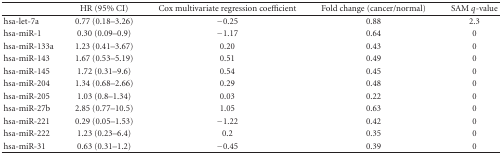
<table><thead><tr><td><b> </b></td><td><b> HR (95% CI) </b></td><td><b> Cox multivariate regression coefficient </b></td><td><b> Fold change (cancer/normal) </b></td><td><b> SAM <i>q</i>-value </b></td></tr></thead><tbody><tr><td>hsa-let-7a </td><td> 0.77 (0.18–3.26)</td><td> −0.25</td><td> 0.88</td><td> 2.3</td></tr><tr><td>hsa-miR-1 </td><td> 0.30 (0.09–0.9)</td><td> −1.17</td><td> 0.64</td><td> 0</td></tr><tr><td>hsa-miR-133a </td><td> 1.23 (0.41–3.67)</td><td>0.20</td><td> 0.43</td><td> 0</td></tr><tr><td>hsa-miR-143 </td><td> 1.67 (0.53–5.19)</td><td>0.51</td><td> 0.49</td><td> 0</td></tr><tr><td>hsa-miR-145 </td><td> 1.72 (0.31–9.6)</td><td>0.54</td><td> 0.45</td><td> 0</td></tr><tr><td>hsa-miR-204 </td><td> 1.34 (0.68–2.66)</td><td>0.29</td><td> 0.48</td><td> 0</td></tr><tr><td>hsa-miR-205 </td><td> 1.03 (0.8–1.34)</td><td>0.03</td><td> 0.22</td><td> 0</td></tr><tr><td>hsa-miR-27b </td><td> 2.85 (0.77–10.5)</td><td>1.05</td><td> 0.63</td><td> 0</td></tr><tr><td>hsa-miR-221 </td><td> 0.29 (0.05–1.53)</td><td>−1.22</td><td> 0.42</td><td> 0</td></tr><tr><td>hsa-miR-222 </td><td> 1.23 (0.23–6.4)</td><td> 0.2</td><td> 0.35</td><td> 0</td></tr><tr><td>hsa-miR-31 </td><td> 0.63 (0.31–1.2)</td><td> −0.45</td><td> 0.39</td><td> 0</td></tr></tbody></table>